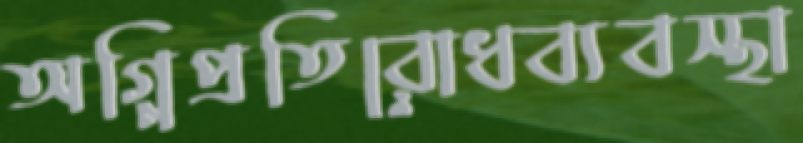
অগ্নিপ্রতিরোধব্যবস্থা